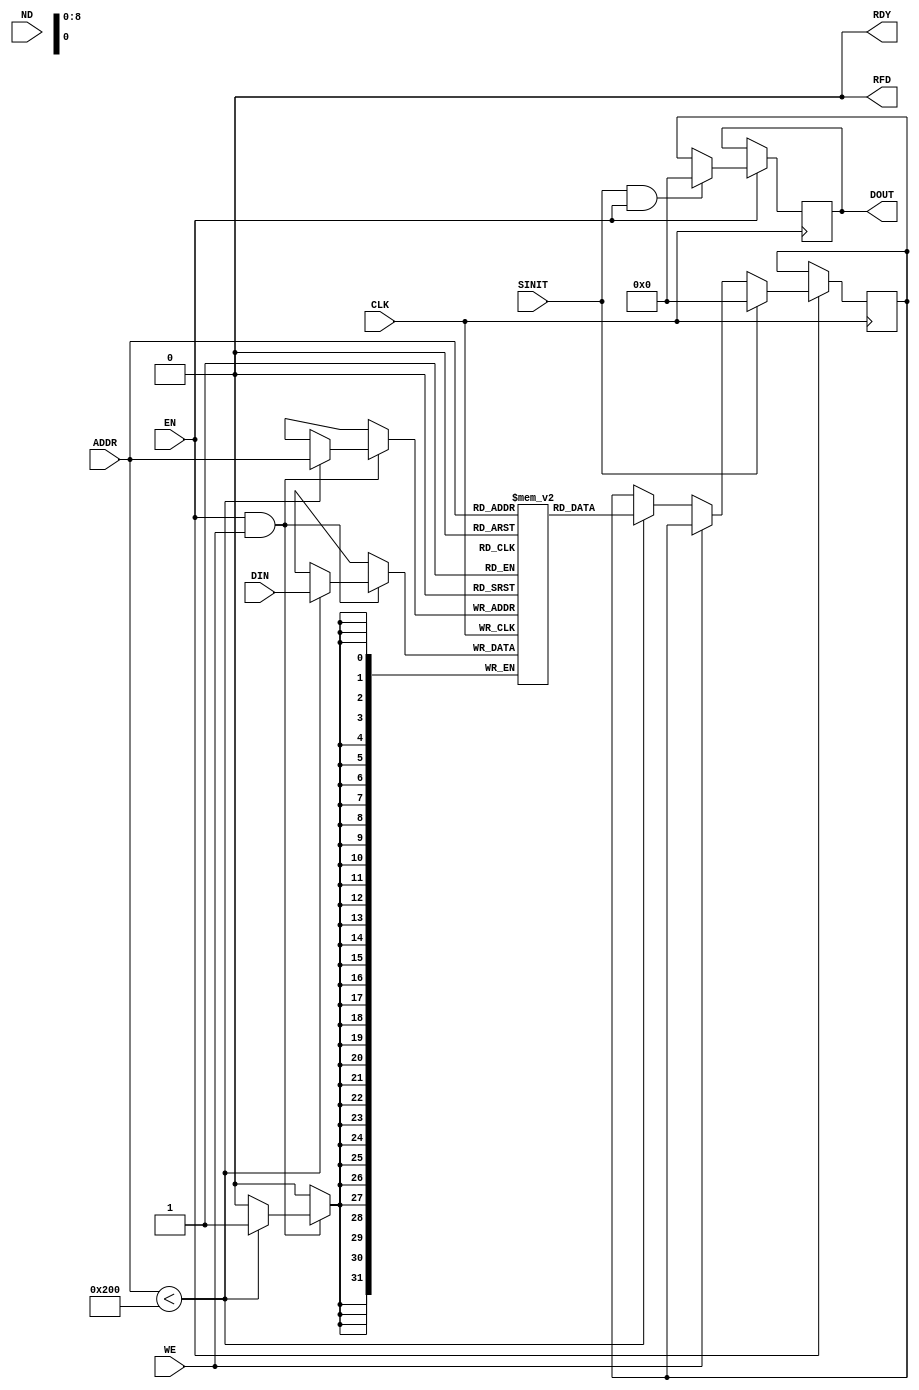
/*****************************************************************************
 * $RCSfile: BLKMEMSP_V5_0.v,v $$Date: 2008/09/08 20:06:36 $
 *****************************************************************************
 * Block Memory Compiler - Verilog Behavioral Model
 *****************************************************************************
 *
 * This File is owned and controlled by Xilinx and must be used solely  
 * for design, simulation, implementation and creation of design files   
 * limited to Xilinx devices or technologies. Use with non-Xilinx       
 * devices or technologies is expressly prohibited and immediately      
 * terminates your license.                                             
 *                                                                      
 * Xilinx products are not intended for use in life support             
 * appliances, devices, or systems. Use in such applications is          
 * expressly prohibited.
 * 
 *        ****************************
 *        ** Copyright Xilinx, Inc. **
 *        ** All rights reserved.   **
 *        ****************************
 *
 *************************************************************************
 *
 * Decsription: Single Port V2 BRAM behavioral model. Extendable depth/width.
 *              The behavior for EN = `X`, WE = `X`, and for CLK transitions to
 *              or from `X` is not considered.
 *
 **************************************************************************/
`timescale 1ns/10ps

`celldefine


`define c_sp_rom 0
`define c_sp_ram 1
`define c_write_first 0
`define c_read_first  1
`define c_no_change   2

module BLKMEMSP_V5_0(DOUT,  ADDR, DIN,  EN, CLK, WE, SINIT, ND, RFD, RDY);

  parameter  c_addr_width          =  9 ; // controls address width of memory
  parameter  c_default_data        = "0"; // indicates string of hex characters used to initialize memory
  parameter  c_depth               = 512 ; // controls depth of memory
  parameter  c_enable_rlocs        = 0 ; //  core includes placement constraints
  parameter  c_has_default_data    =  1; // initializes contents of memory to c_default_data
  parameter  c_has_din             = 1  ; // indicates memory has data input pins
  parameter  c_has_en              =  1 ; // indicates memory has a EN pin
  parameter  c_has_limit_data_pitch       = 0  ; //  
  parameter  c_has_nd              = 0  ; //  Memory has a new data pin
  parameter  c_has_rdy             = 0  ; //  Memory has result ready pin
  parameter  c_has_rfd             = 0  ; //  Memory has ready for data pin
  parameter  c_has_sinit           =  1 ; // indicates memory has a SINIT pin
  parameter  c_has_we              =  1 ; // indicates memory has a WE pin
  parameter  c_limit_data_pitch           = 18;
  parameter  c_mem_init_file       =  "null.mif";  // controls which .mif file used to initialize memory
  parameter  c_pipe_stages         =  1 ; // indicates the number of pipe stages needed in port A
  parameter  c_reg_inputs          = 0 ;  // indicates WE, ADDR, and DIN are registered
  parameter  c_sinit_value         = "0000"; // indicates string of hex used to initialize  output registers
  parameter  c_width               =  32 ; // controls data width of memory
  parameter  c_write_mode          =  2; // controls which write modes shall be used
   
  parameter  c_ybottom_addr        = "1024";
  parameter  c_yclk_is_rising      = 1;
  parameter  c_yen_is_high         = 1;
  parameter  c_yhierarchy          = "hierarchy1";
  parameter  c_ymake_bmm           = 1;
  parameter  c_yprimitive_type     = "4kx4";
  parameter  c_ysinit_is_high      = 1;
  parameter  c_ytop_addr           = "0";
  parameter  c_yuse_single_primitive = 0;
  parameter  c_ywe_is_high         = 1;

// IO ports


  output [c_width-1:0] DOUT;
  input [c_addr_width-1:0] ADDR;
  input [c_width-1:0] DIN;
  input EN, CLK, WE, SINIT, ND;
  output RFD, RDY;

  reg RFD ;
  reg RDY ;

  reg [c_width-1:0] dout_int; // output of RAM
  reg [c_width-1:0] pipe_out ; // output of pipeline stage
  wire [c_width-1:0] DOUT = pipe_out ;
  reg [c_width-1:0] mem [0:c_depth-1];
  reg [24:0] count;
  reg [1:0] wr_mode;

  wire [c_addr_width-1:0] addr_i = ADDR;
  reg [c_addr_width-1:0] addr_int ;
  reg [c_width-1:0] di_int ;
  wire [c_width-1:0] di_i ;
  wire clk_int ;
  wire en_int ;
  reg we_int  ;
  wire we_i ;
  reg  we_q ;
  wire ssr_int  ;
  wire nd_int ;
  wire nd_i ;
  reg rfd_int ;
  reg rdy_int ;
  reg nd_q ;
  reg [c_width-1:0] di_q ;
  reg [c_addr_width-1:0] addr_q;
  reg new_data ;
  reg new_data_q ; // to track the synchronous PORT RAM output 

  reg [c_width-1:0] default_data ;
  reg [c_width-1:0] ram_temp [0:c_depth-1];
  reg [c_width-1:0] bitval;
  reg [c_width-1:0] sinit_value;

  reg [(c_width-1) : 0] pipeline [0 : c_pipe_stages];
  reg sub_rdy[0 : c_pipe_stages];
  reg [10:0] ci, cj ;
  reg [10:0] dmi, dmj, dni, dnj, doi, doj ;
  integer i, j, k, l, m;
  integer ai, aj, ak, al, am, an, ap ;


// Generate input control signals
// Combinational 

// Take care of ROM/RAM functionality

  assign clk_int = defval(CLK, 1, 1, c_yclk_is_rising);
  assign we_i = defval(WE, c_has_we, 0, c_ywe_is_high);  
  assign di_i  = (c_has_din == 1)?DIN:'b0;
  assign en_int  = defval(EN, c_has_en, 1, c_yen_is_high);
  assign ssr_int = defval(SINIT , c_has_sinit , 0, c_ysinit_is_high);
  assign nd_i = defval (ND, c_has_nd, 1, 1);


//    tri0 GSR = glbl.GSR;

  function defval;
    input i;
    input hassig;
    input val;  
    input active_high;
  begin
    if(hassig == 1)
    begin
      if (active_high == 1)
        defval = i;
      else
        defval = ~i;
    end
    else
      defval = val;
  end
  endfunction

  function max;
    input a;  
    input b;
  begin
    max = (a > b) ? a : b;
  end
  endfunction
 
  function a_is_X;
    input [c_width-1 : 0] i;
    integer j ;
  begin
    a_is_X = 1'b0;
    for(j = 0; j < c_width; j = j + 1)
    begin
      if(i[j] === 1'bx)
        a_is_X = 1'b1;
    end // loop
  end
  endfunction


  function [c_width-1:0] hexstr_conv;
    input [(c_width*8)-1:0] def_data;

    integer index,i,j;
    reg [3:0] bin;   

  begin
    index = 0; 
    hexstr_conv = 'b0; 
    for( i=c_width-1; i>=0; i=i-1 )
    begin
      case (def_data[7:0])
        8'b00000000 :  
      begin
        bin = 4'b0000;
        i = -1;
      end
      8'b00110000 : bin = 4'b0000;
      8'b00110001 : bin = 4'b0001;
      8'b00110010 : bin = 4'b0010;
      8'b00110011 : bin = 4'b0011;
      8'b00110100 : bin = 4'b0100;
      8'b00110101 : bin = 4'b0101;
      8'b00110110 : bin = 4'b0110;
      8'b00110111 : bin = 4'b0111;
      8'b00111000 : bin = 4'b1000;
      8'b00111001 : bin = 4'b1001;
      8'b01000001 : bin = 4'b1010;
      8'b01000010 : bin = 4'b1011;
      8'b01000011 : bin = 4'b1100;
      8'b01000100 : bin = 4'b1101;
      8'b01000101 : bin = 4'b1110;
      8'b01000110 : bin = 4'b1111;
      8'b01100001 : bin = 4'b1010;
      8'b01100010 : bin = 4'b1011;
      8'b01100011 : bin = 4'b1100;
      8'b01100100 : bin = 4'b1101;
      8'b01100101 : bin = 4'b1110;
      8'b01100110 : bin = 4'b1111;
      default :
        begin
          $display("ERROR in %m at time %t : NOT A HEX CHARACTER",$time);
          bin = 4'bx;
        end
      endcase
      for( j=0; j<4; j=j+1)
      begin
        if ((index*4)+j < c_width)
        begin
          hexstr_conv[(index*4)+j] = bin[j];
        end 
      end
      index = index + 1;
      def_data = def_data >> 8;
    end
  end
  endfunction

  initial begin
    sinit_value  = 'b0 ;
    default_data = hexstr_conv(c_default_data);
    if (c_has_sinit == 1 )
      sinit_value = hexstr_conv(c_sinit_value);
    for(i = 0; i < c_depth; i = i + 1)
      mem[i] = default_data;
    if (c_has_default_data == 0)
      $readmemb(c_mem_init_file, mem);
    for (k = 0; k <= c_pipe_stages; k = k + 1)
      pipeline[k] = sinit_value ;
    for (m = 0; m <= c_pipe_stages; m = m + 1)
      sub_rdy[m] = 0 ;
    dout_int = sinit_value ;
    nd_q = 0 ;
    new_data_q = 0 ;
    di_q = 0 ;
    addr_q = 0 ;
    we_q = 0 ;
    #1 pipe_out = sinit_value;
  end

//  Generate output control signals RFD and  RDY 
//  Combinational

    always @ ( rfd_int)
    begin
      if (c_has_rfd == 1) 
        RFD = rfd_int ;
      else
        RFD = 1'b0 ;
    end

    always @ (en_int )
    begin
      if (en_int == 1'b1)
        rfd_int = 1'b1 ;
      else
        rfd_int = 1'b0 ;
    end

    always @ (  rdy_int )
    begin
      if ((c_has_rdy == 1) && (c_has_nd == 1) && (c_has_rfd == 1) )
        RDY = rdy_int ;
      else
        RDY = 1'b0 ;
    end

    assign nd_int = en_int && nd_i ; // only pass nd through if en is 1 

// Register hanshaking inputs

    always @(posedge clk_int )
    begin
      if (en_int == 1'b1)
      begin
        if (ssr_int == 1'b1)
          nd_q <= 1'b0 ;
        else
          nd_q   <= nd_int;
        end
      else
        nd_q   <= nd_q ;
    end
// Register data / address / data inputs

  always @(posedge clk_int )
  begin
    if (en_int == 1'b1)
      begin
        di_q  <= di_i ;
        addr_q <= addr_i ;
        we_q <= we_i ;
      end
  end

// select registered or non-registered write enable

  always @( we_i or we_q)
  begin
    if (c_reg_inputs == 1 )
      we_int = we_q ;
     else
      we_int = we_i ;
  end

// select registered data/address/nd inputs

  always @( di_i or di_q)
  begin
    if ( c_reg_inputs == 1)
      di_int = di_q ;
    else
      di_int = di_i ;
  end

  always @( addr_i or addr_q or nd_q or nd_int )
  begin
    if (c_reg_inputs == 1)
      begin
        addr_int = addr_q;
        new_data = nd_q ;
      end
    else
      begin
        addr_int = addr_i ;
        new_data = nd_int ;
      end
  end

// Register the new_data signal to track the synchronous RAM output

  always @(posedge clk_int)
  begin
    if ( en_int == 1'b1 )
      begin
       if (ssr_int == 1'b1)
          new_data_q <= 0 ;
       else
          new_data_q <= new_data ;
      end
  end

   initial begin
     case (c_write_mode)
       `c_write_first : wr_mode <= 2'b00;
       `c_read_first  : wr_mode <= 2'b01;
       `c_no_change   : wr_mode <= 2'b10;
       default        : begin
	 $display("Error in %m at time %t: c_write_mode = %s is not WRITE_FIRST, READ_FIRST or NO_CHANGE.",$time , c_write_mode);
	 $finish;
       end
     endcase
   end


    /***************************************************************
    *The following always block assigns the value for the DOUT bus
    ***************************************************************/   
   always @(posedge clk_int) begin
     if (en_int == 1'b1) begin
       if (ssr_int == 1'b1) begin
           dout_int <= sinit_value;
       end
       else begin
	 //The following IF block assigns the output for a write operation
         if (we_int == 1'b1) begin
           if (wr_mode == 2'b00) begin
             if (addr_int < c_depth) 
                 dout_int <= di_int;
             else
	       //Warning Condition (Error occurs on rising edge of CLK): 
	       //Write Mode Port is "Write First" and EN = 1 and SINIT = 0 and WE = 1 and ADDR out of the valid range
	       $display("Invalid Address Warning #1: Warning in %m at time %t: Block memory address %d (%b) invalid. Valid depth configured as 0 to %d",$time,addr_int,addr_int,c_depth-1);    
           end
           else if (wr_mode == 2'b01) begin
             if (addr_int < c_depth) 
               dout_int <= mem[addr_int];
             else
	       //Warning Condition (Error occurs on rising edge of CLK): 
	       //Write Mode Port is "Read First" and EN = 1 and SINIT = 0 and WE = 1 and ADDR out of the valid range
	      $display("Invalid Address Warning #2: Warning in %m at time %t: Block memory address %d (%b) invalid. Valid depth configured as 0 to %d",$time,addr_int,addr_int,c_depth-1);
           end
           else begin
             if (addr_int < c_depth) 
               dout_int <= dout_int ;
             else
	      //Warning Condition (Error occurs on rising edge of CLK): 
	       //Write Mode Port is "No Change" and EN = 1 and SINIT = 0 and WE = 1 and ADDR out of the valid range
	      $display("Invalid Address Warning #3: Warning in %m at time %t: Block memory address %d (%b) invalid. Valid depth configured as 0 to %d",$time,addr_int,addr_int,c_depth-1);
           end
	 end
	 //The following ELSE block assigns the output for a read operation
	 else begin
           if (addr_int < c_depth) 
             dout_int <= mem[addr_int];
           else
             //Warning Condition (Error occurs on rising edge of CLK): 
	     //EN = 1 and SINIT = 0 and WE = 0 and ADDRA out of the valid range 
	    $display("Invalid Address Warning #4: Warning in %m at time %t: Block memory address %d (%b) invalid. Valid depth configured as 0 to %d",$time,addr_int,addr_int,c_depth-1);
	 end
       end
     end
   end


// Write to memory contents
    /***************************************************************************************
    *The following always block assigns the DIN bus to the memory during a write operation
    ***************************************************************************************/ 
   always @(posedge clk_int) begin
     if (en_int == 1'b1 && we_int == 1'b1) begin
       if (addr_int < c_depth) 
         mem [addr_int] <= di_int ;
       else
	 //Warning Condition (Error occurs on rising edge of CLK): 
	 //EN = 1 and WE = 1 and ADDR out of the valid range
	$display("Invalid Address Warning #5: Warning in %m at time %t: Block memory address %d (%b) invalid. Valid depth configured as 0 to %d",$time,addr_int,addr_int,c_depth-1);
     end
   end

//  output pipelines 
 
   always @(posedge clk_int) begin
      if (en_int == 1'b1 && c_pipe_stages > 0)
	begin
           for (i = c_pipe_stages; i >= 1; i = i -1 )
             begin
		if (ssr_int == 1'b1 && en_int == 1'b1)
		  begin
		     pipeline[i] <= sinit_value ;
		     sub_rdy[i] <=  0 ;
		  end
		else
		  begin
		     if (i==1)
		       begin
			  pipeline[i] <= dout_int;
			  sub_rdy[i]  <= new_data_q;
		       end
		     else
		       begin
			  pipeline[i] <= pipeline[i-1] ;
			  sub_rdy[i]  <= sub_rdy[i-1] ;
		       end
		  end
             end
	end
   end

// Select pipelined data output or no-pipelined data output
 
   always @( pipeline[c_pipe_stages] or sub_rdy[c_pipe_stages] or new_data_q or dout_int) begin
     if (c_pipe_stages == 0 )
     begin
       pipe_out = dout_int ;
       rdy_int = new_data_q ;
     end
     else
     begin
       rdy_int = sub_rdy[c_pipe_stages];
       pipe_out = pipeline[c_pipe_stages];
     end
   end

endmodule

`endcelldefine